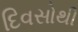
દિવસોથી